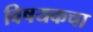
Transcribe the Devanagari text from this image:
विषयकचा